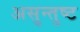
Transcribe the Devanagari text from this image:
असुन्तुष्ट